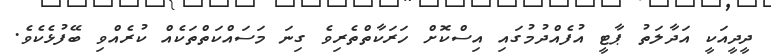
ދީދީއަކީ އަދާލަތު ޕާޓީ އުފެއްދުމުގައި އިސްކޮށް ހަރަކާތްތެރިވެ ގިނަ މަސައްކަތްތަކެއް ކުރެއްވި ބޭފުޅެކެވެ.